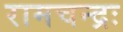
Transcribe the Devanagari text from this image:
रामचन्द्रः